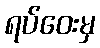
ရပ်ဝေးမှ